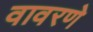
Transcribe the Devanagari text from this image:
वावरणे